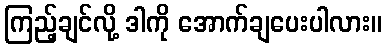
ကြည့်ချင်လို့ ဒါကို အောက်ချပေးပါလား။